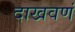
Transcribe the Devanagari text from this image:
दाखवणं